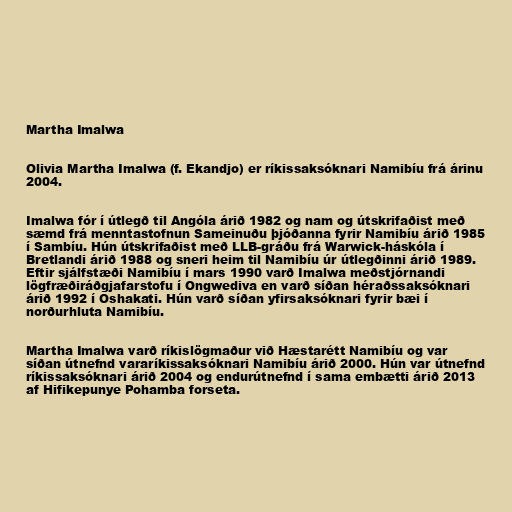
Martha Imalwa

Olivia Martha Imalwa (f. Ekandjo) er ríkissaksóknari Namibíu frá árinu
2004.

Imalwa fór í útlegð til Angóla árið 1982 og nam og útskrifaðist með
sæmd frá menntastofnun Sameinuðu þjóðanna fyrir Namibíu árið 1985
í Sambíu. Hún útskrifaðist með LLB-gráðu frá Warwick-háskóla í
Bretlandi árið 1988 og sneri heim til Namibíu úr útlegðinni árið 1989.
Eftir sjálfstæði Namibíu í mars 1990 varð Imalwa meðstjórnandi
lögfræðiráðgjafarstofu í Ongwediva en varð síðan héraðssaksóknari
árið 1992 í Oshakati. Hún varð síðan yfirsaksóknari fyrir bæi í
norðurhluta Namibíu.

Martha Imalwa varð ríkislögmaður við Hæstarétt Namibíu og var
síðan útnefnd vararíkissaksóknari Namibíu árið 2000. Hún var útnefnd
ríkissaksóknari árið 2004 og endurútnefnd í sama embætti árið 2013
af Hifikepunye Pohamba forseta.